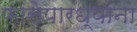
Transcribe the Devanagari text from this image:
फासेपारध्यांना